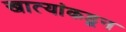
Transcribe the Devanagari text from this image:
खात्यांकडून